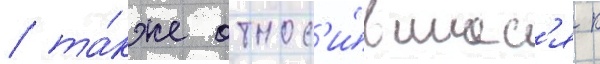
/ та́кже относ'и́вшиес'я к